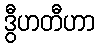
ဒွီဟတီဟာ